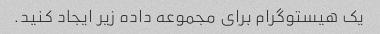
یک هیستوگرام برای مجموعه داده زیر ایجاد کنید.